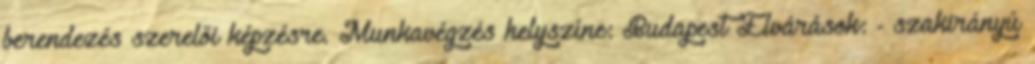
berendezés szerelői képzésre. Munkavégzés helyszíne: Budapest Elvárások: - szakirányú